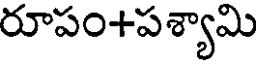
రూపం+పశ్యామి